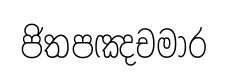
ජිතපඤචමාර